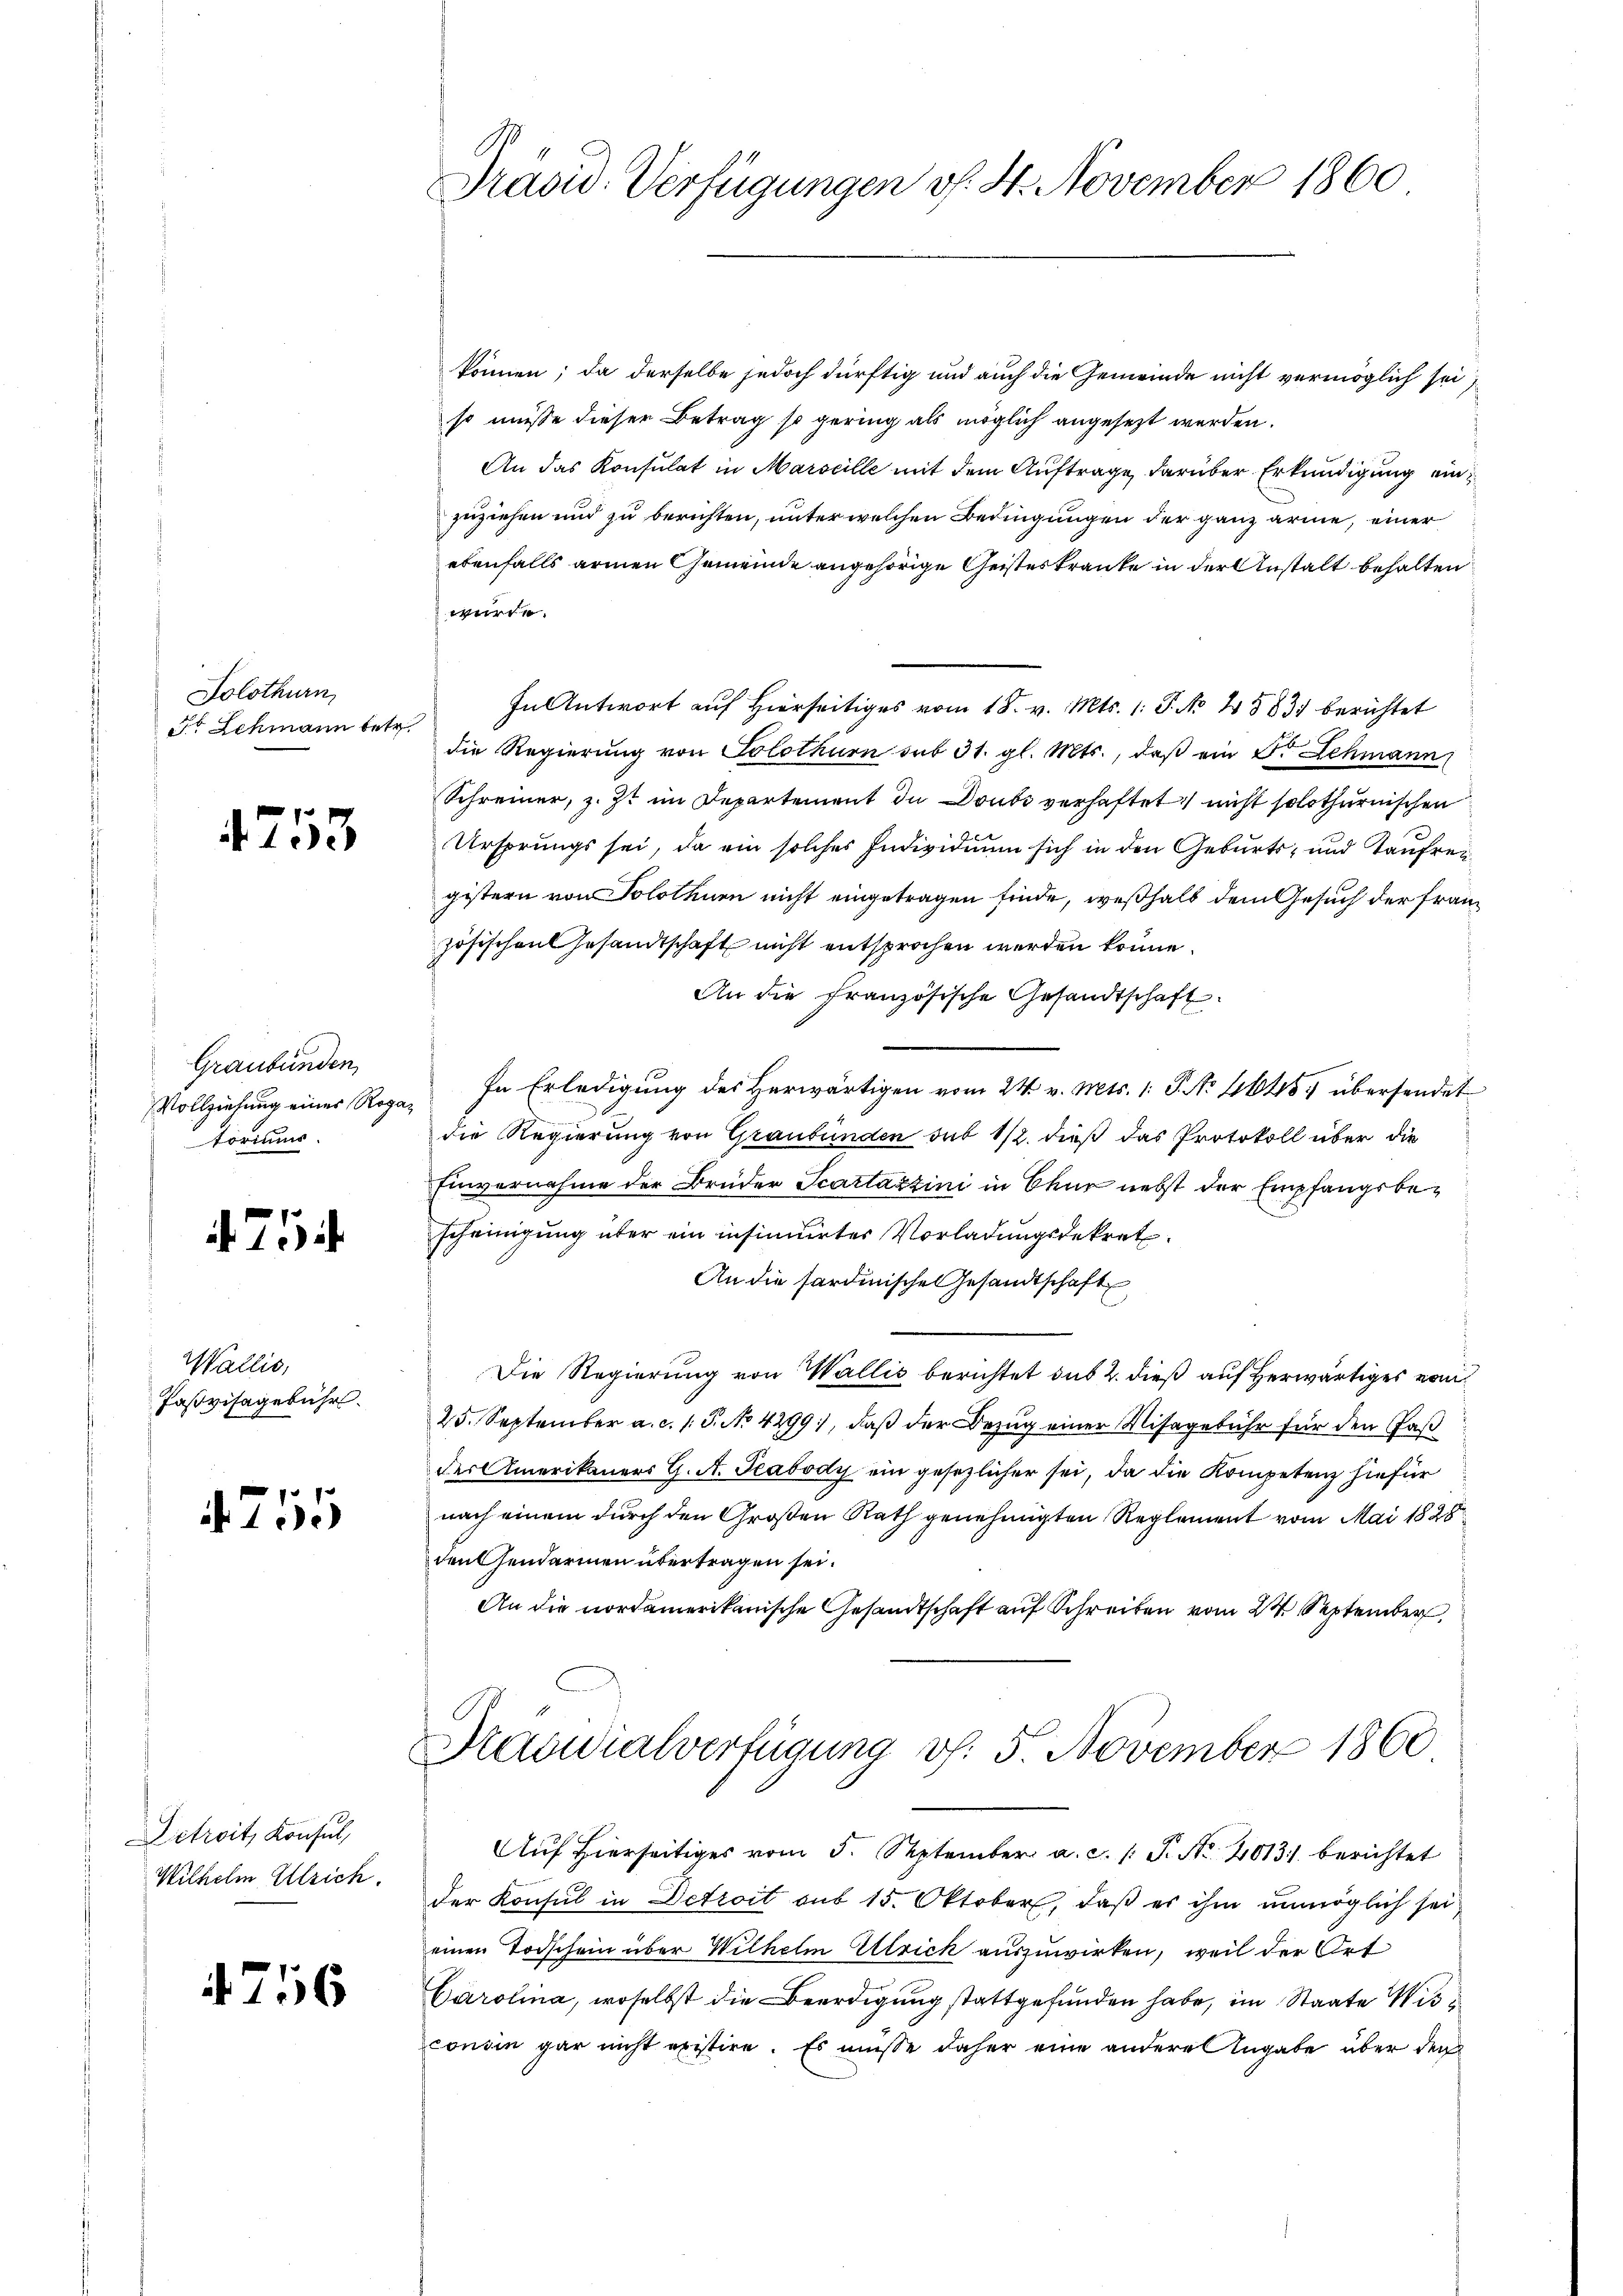
Solothurn,
St Schmann betr.

4253

Graubünden,
Vollziehung eines Roga
toriums

. 5

Wallis,
Pasvisagebühr.

255

Schreits Konsul
Wilhelm Ulrich.

4756

Präsid. Verfügungen v. 4. November 1860

können; da derselbe jedoch dürftig und auch die Gemeinde nicht vermöglich sei,
so müsse dieser Betrag so gering als möglich angesezt werden.
An das Konsulat in Marseille mit dem Auftrage, darüber Erkundigung einzuziehen und zu berichten, unter welchen Bedingungen der ganz arme, einer
ebenfalls armen Gemeinde angehörige Geisteskranke in der Anstalt behalten
würde.
In Antwort auf Hierseitiges vom 18. v. Mts. 1. P. No 4883) berichtet
die Regierung von Solothurn sub 31. gl. Mts., daß ein Fr. Schmann
Schreiner, z. Zt. im Departement in Doubs verhaftet nicht solothurnischen
Ursprungs sei, da ein solches Individuum sich in den Geburts- und Taufreigistern von Solothurn nicht eingetragen finde, weßhalb dem Gesuch der Französischen Gesandtschaft nicht entsprochen werden könne.
An die Französische Gesandtschaft
In Erledigung des Herwärtigen vom 24. v. Mts. 1. P. No 46454 übersendet
die Regierung von Graubünden sub 1/2. dieß das Protokoll über die
Einvernahme der Brüder Scartazzini in Chur nebst der Empfangsbescheinigung über ein insinuirtes Vorladungsdekret
An die sardinische Gesandtschaft
Die Regierung von Wallis berichtet sub 2. dieß auf herwärtiges vom
25. September a. c. s. S. No 4299), daß der Bezug einer Missgebühr für den Faß
der Amerikaners G. A. Teabody ein gesezlicher sei, da die Kompetenz hiefür
nach einem durch den Großen Rath genehmigten Reglement vom Mai 1828
densendarmen übertragen sei.
An die nordamerikanische Gesandtschaft auf Schreiben vom 24. September
Mrädialverfügung v. 5. November 1860
Auf hierseitiges vom 5. September a. c. /: P. Nr. 2013) berichtet
der Konsul in Detroit sub 15. Oktober, daß es ihm unmöglich sei,
einen Todschein über Wilhelm Ulrich auszuwirken, weil der Ort
Carolina, woselbst die Beerdigung stattgefunden habe, im Staate Wisconsin gar nicht existire. Es müsse daher eine andere Angabe über der